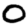
Digit: 0